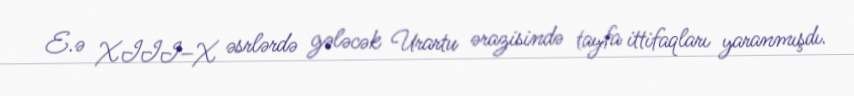
E.ə XIII–X əsrlərdə gələcək Urartu ərazisində tayfa ittifaqları yaranmışdı.